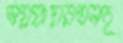
ভগ্নপ্রায়রতনচূ